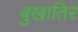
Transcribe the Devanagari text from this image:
बुखातिर